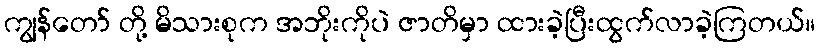
ကျွန်တော် တို့ မိသားစုက အဘိုးကိုပဲ ဇာတိမှာ ထားခဲ့ပြီးထွက်လာခဲ့ကြတယ်။